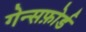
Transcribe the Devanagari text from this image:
गेन्सफ़ोर्ड